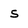
Character: S